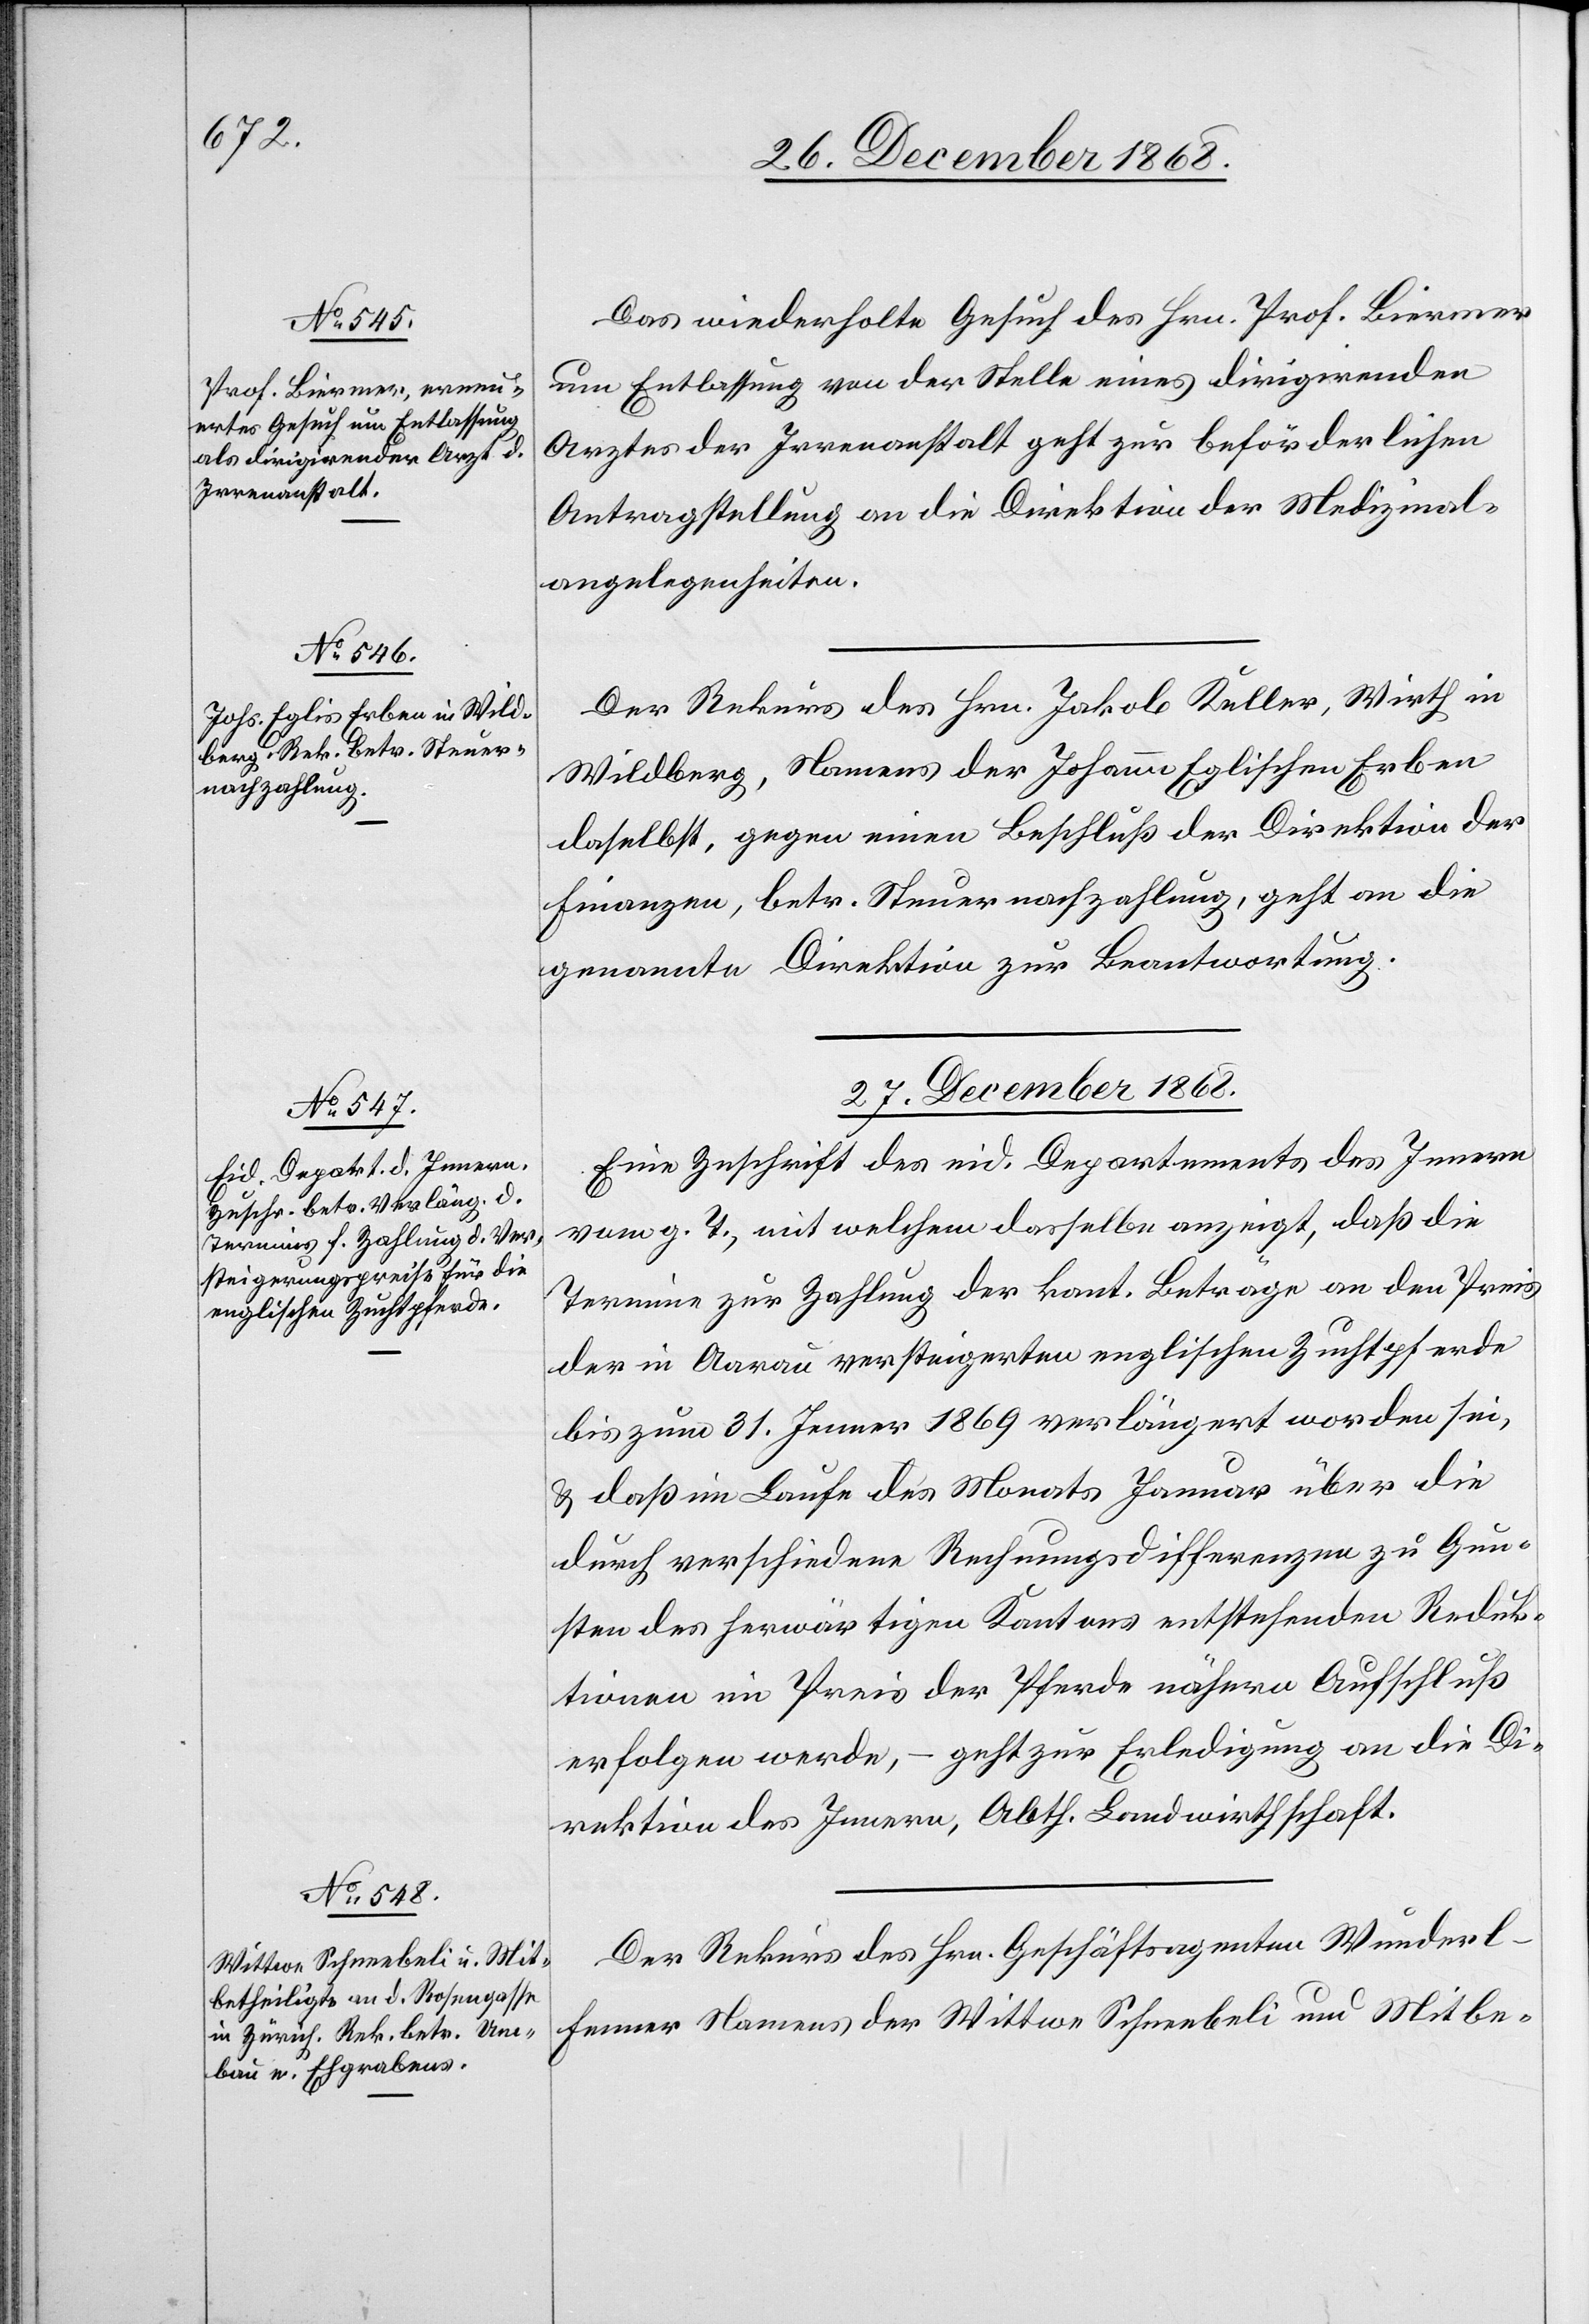
26. December 1868.]
Das wiederholte Gesuch des Hrn. Prof. Biermer
um Entlassung von der Stelle eines dirigirenden
Arztes der Irrenanstalt geht zur beförderlichen
Antragstellung an die Direktion der Medizinal¬
angelegenheiten.
Der Rekurs des Hrn. Jakob Keller, Wirth in
Wildberg, Namens der Johann Eglischen Erben
daselbst, gegen einen Beschluß der Direktion der
Finanzen, betr. Steuernachzahlung, geht an die
genannte Direktion zur Beantwortung.
27. December 1868.]
Eine Zuschrift des eid. Departements des Innern
vom g. T., mit welchem [sic!] dasselbe anzeigt, daß die
Termine zur Zahlung der kant. Beträge an den Preis
der in Aarau versteigerten englischen Zuchtpferde
bis zum 31. Jenner 1869 verlängert worden sei,
& daß im Laufe des Monats Januar über die
durch verschiedene Rechnungsdifferenzen zu Gun¬
sten des herwärtigen Kantons entstehenden Reduk¬
tionen im Preis der Pferde nähern Aufschluß
erfolgen werde, – geht zur Erledigung an die Di¬
rektion des Innern, Abth. Landwirthschaft.
Der Rekurs des Hrn. Geschäftsagenten Wunderl-F¬
enner Namens der Wittwe Schneebeli und Mitbe-